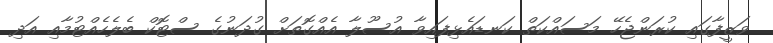
ވަޒީފާގައި ކުރަންޖެހޭ މަސައްކަތް ކަނޑައެޅިފައިވާ އުސޫލާ އެއްގޮތަށް ގުދަނުގެ ސްޓޮކް ބެލެހެއްޓުމާއި އަދި